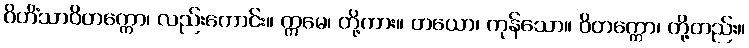
ဝိဟိံသာဝိတက္ကော၊ လည်းကောင်း။ ဣမေ၊ တို့ကား။ တယော၊ ကုန်သော။ ဝိတက္ကော၊ တို့တည်း။